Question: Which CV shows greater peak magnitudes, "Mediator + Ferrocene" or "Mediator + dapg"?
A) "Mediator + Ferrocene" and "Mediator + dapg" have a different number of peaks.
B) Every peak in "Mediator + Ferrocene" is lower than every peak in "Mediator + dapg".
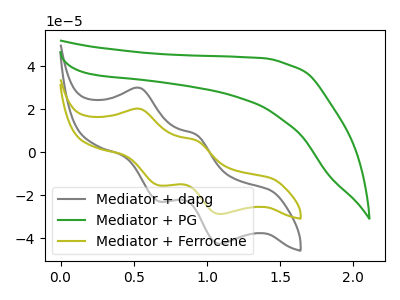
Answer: <think>The gray curve "Mediator + dapg" has anodic peaks at (0.55V, 29.90uA) (0.95V, 8.15uA) and cathodic peaks at (0.65V, -22.80uA) (1.10V, -42.60uA). The green curve "Mediator + PG" has no peaks. The olive curve "Mediator + Ferrocene" has anodic peaks at (0.55V, 20.20uA) (0.95V, 5.50uA) and cathodic peaks at (0.65V, -15.35uA) (1.10V, -28.75uA).</think>
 <answer>B) Every peak in "Mediator + Ferrocene" is lower than every peak in "Mediator + dapg".</answer>
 <eval>B</eval>